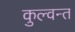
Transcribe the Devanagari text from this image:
कुल्वन्त